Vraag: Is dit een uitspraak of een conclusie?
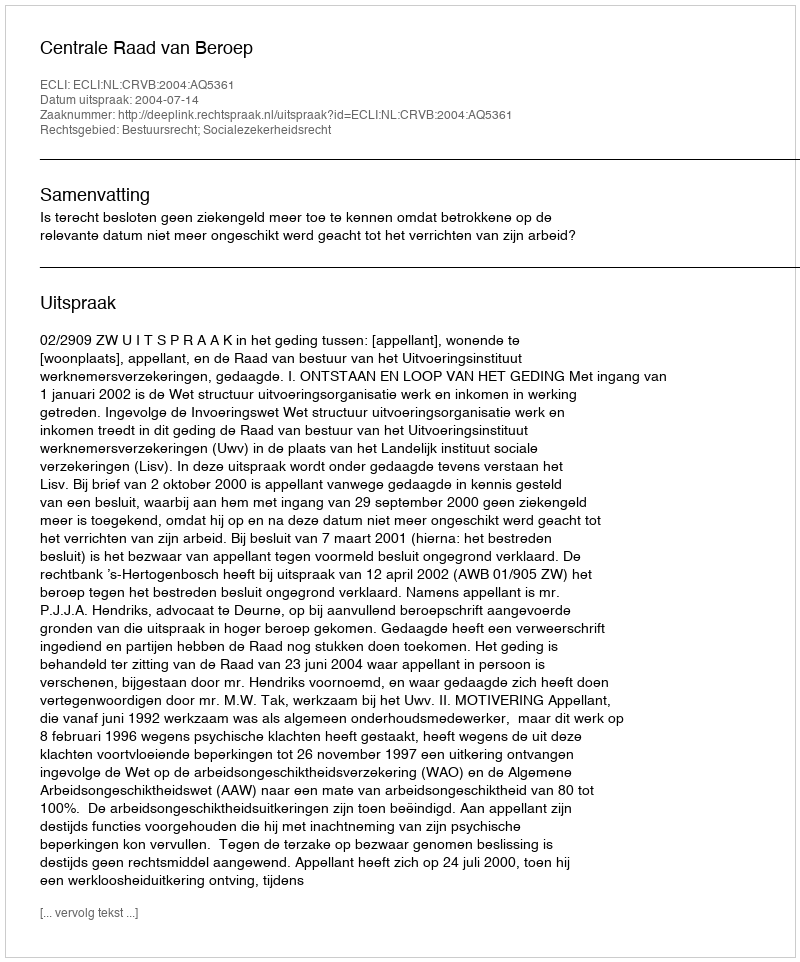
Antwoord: Uitspraak